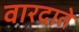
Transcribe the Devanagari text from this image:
वारदाते